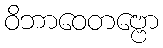
ဝိဘာဝေတဗ္ဗော